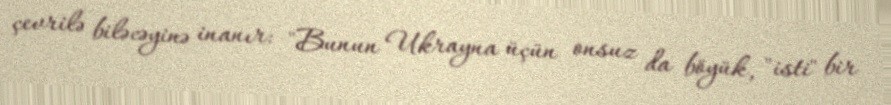
çevrilə biləcəyinə inanır: "Bunun Ukrayna üçün onsuz da böyük, "isti" bir